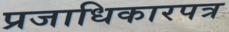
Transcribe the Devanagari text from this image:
प्रजाधिकारपत्र